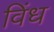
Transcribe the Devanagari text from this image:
विंध